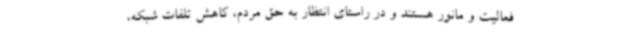
فعالیت و مانور هستند و در راستای انتظار به حق مردم، کاهش تلفات شبکه،